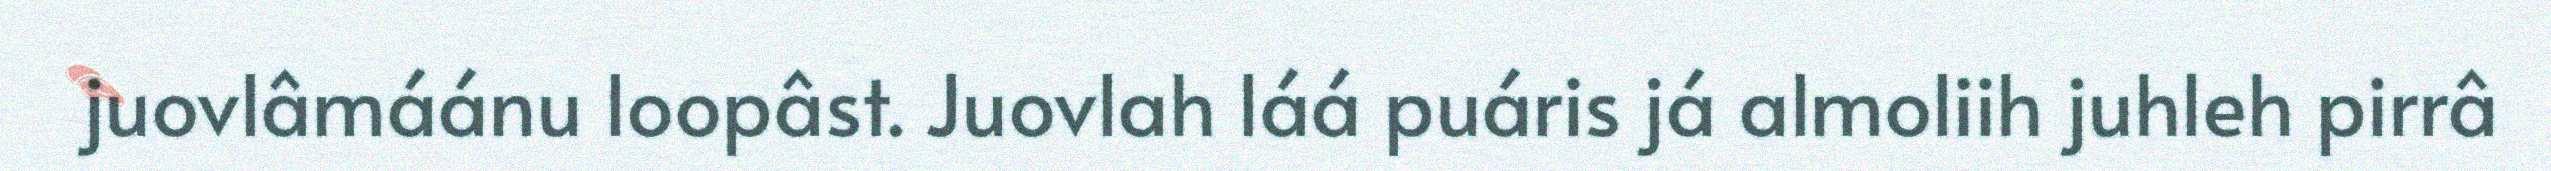
juovlâmáánu loopâst. Juovlah láá puáris já almoliih juhleh pirrâ